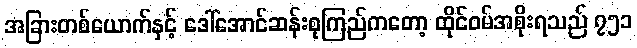
အခြားတစ်ယောက်နှင့် ဒေါ်အောင်ဆန်းစုကြည်ကတော့ ထိုင်ဝမ်အစိုးရသည် ၇၅၁